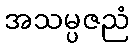
အသမ္ပဇညံ